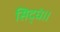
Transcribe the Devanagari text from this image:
सिद्धं।।